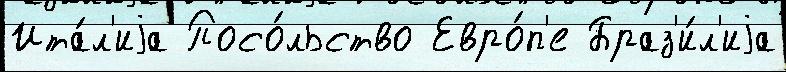
Ита́л'иjа Посо́льство Евро́п'е Браз'и́л'иjа